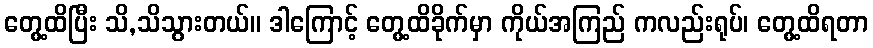
တွေ့ထိပြီး သိ,သိသွားတယ်။ ဒါကြောင့် တွေ့ထိခိုက်မှာ ကိုယ်အကြည် ကလည်းရုပ်၊ တွေ့ထိရတာ